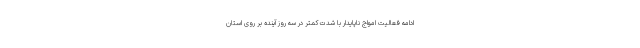
ادامه فعالیت امواج ناپایدار با شدت کمتر در سه روز آینده بر روی استان